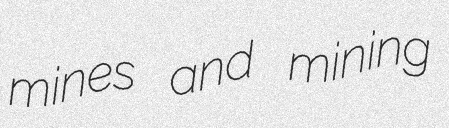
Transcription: mines and mining